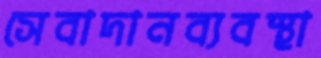
সেবাদানব্যবস্থা